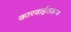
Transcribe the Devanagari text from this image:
कारवाईकरून